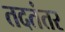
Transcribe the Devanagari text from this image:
तदतंतर